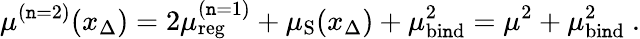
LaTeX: \mu^{(\mathtt{n}=2)}(x_{\Delta})=2\mu_{\mathrm{{reg}}}^{(\mathtt{n}=1)}+\mu_{\mathrm{{S}}}(x_{\Delta})+\mu_{\mathrm{{bi\mathtt{n}d}}}^{2}=\mu^{2}+\mu_{\mathrm{{bi\mathtt{n}d}}}^{2}\ .